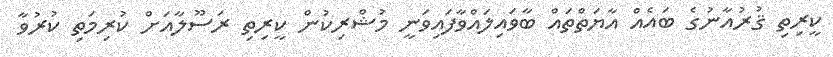
ކީރިތި ޤުރުއާނުގެ ބައެއް އާޔަތްތައް ބާވައިލައްވާފައިވަނީ މުޝްރިކުން ކީރިތި ރަސޫލާއަށް ކުރިމަތި ކުރުވާ